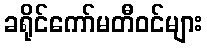
ခရိုင်ကော်မတီဝင်များ